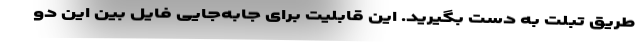
طریق تبلت به دست بگیرید. این قابلیت برای جابه‌جایی فایل بین این دو